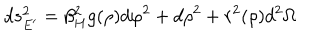
LaTeX: d s _ { E ^ { \prime } } ^ { 2 } = \beta _ { H } ^ { 2 } g ( \rho ) d \varphi ^ { 2 } + d \rho ^ { 2 } + r ^ { 2 } ( \rho ) d ^ { 2 } \Omega